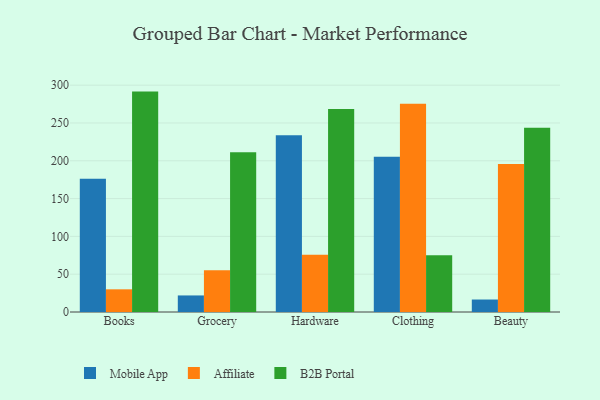
{"axis": {"x": "Category", "y": "Population (Million)"}, "legend": ["Affiliate", "B2B Portal", "Mobile App"], "data": [{"x": "Books", "y": 176.2, "type": "Mobile App"}, {"x": "Books", "y": 30.0, "type": "Affiliate"}, {"x": "Books", "y": 291.5, "type": "B2B Portal"}, {"x": "Grocery", "y": 21.9, "type": "Mobile App"}, {"x": "Grocery", "y": 55.3, "type": "Affiliate"}, {"x": "Grocery", "y": 211.4, "type": "B2B Portal"}, {"x": "Hardware", "y": 233.7, "type": "Mobile App"}, {"x": "Hardware", "y": 75.8, "type": "Affiliate"}, {"x": "Hardware", "y": 268.6, "type": "B2B Portal"}, {"x": "Clothing", "y": 205.4, "type": "Mobile App"}, {"x": "Clothing", "y": 275.5, "type": "Affiliate"}, {"x": "Clothing", "y": 75.2, "type": "B2B Portal"}, {"x": "Beauty", "y": 16.5, "type": "Mobile App"}, {"x": "Beauty", "y": 195.6, "type": "Affiliate"}, {"x": "Beauty", "y": 243.6, "type": "B2B Portal"}]}